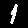
Digit: 1